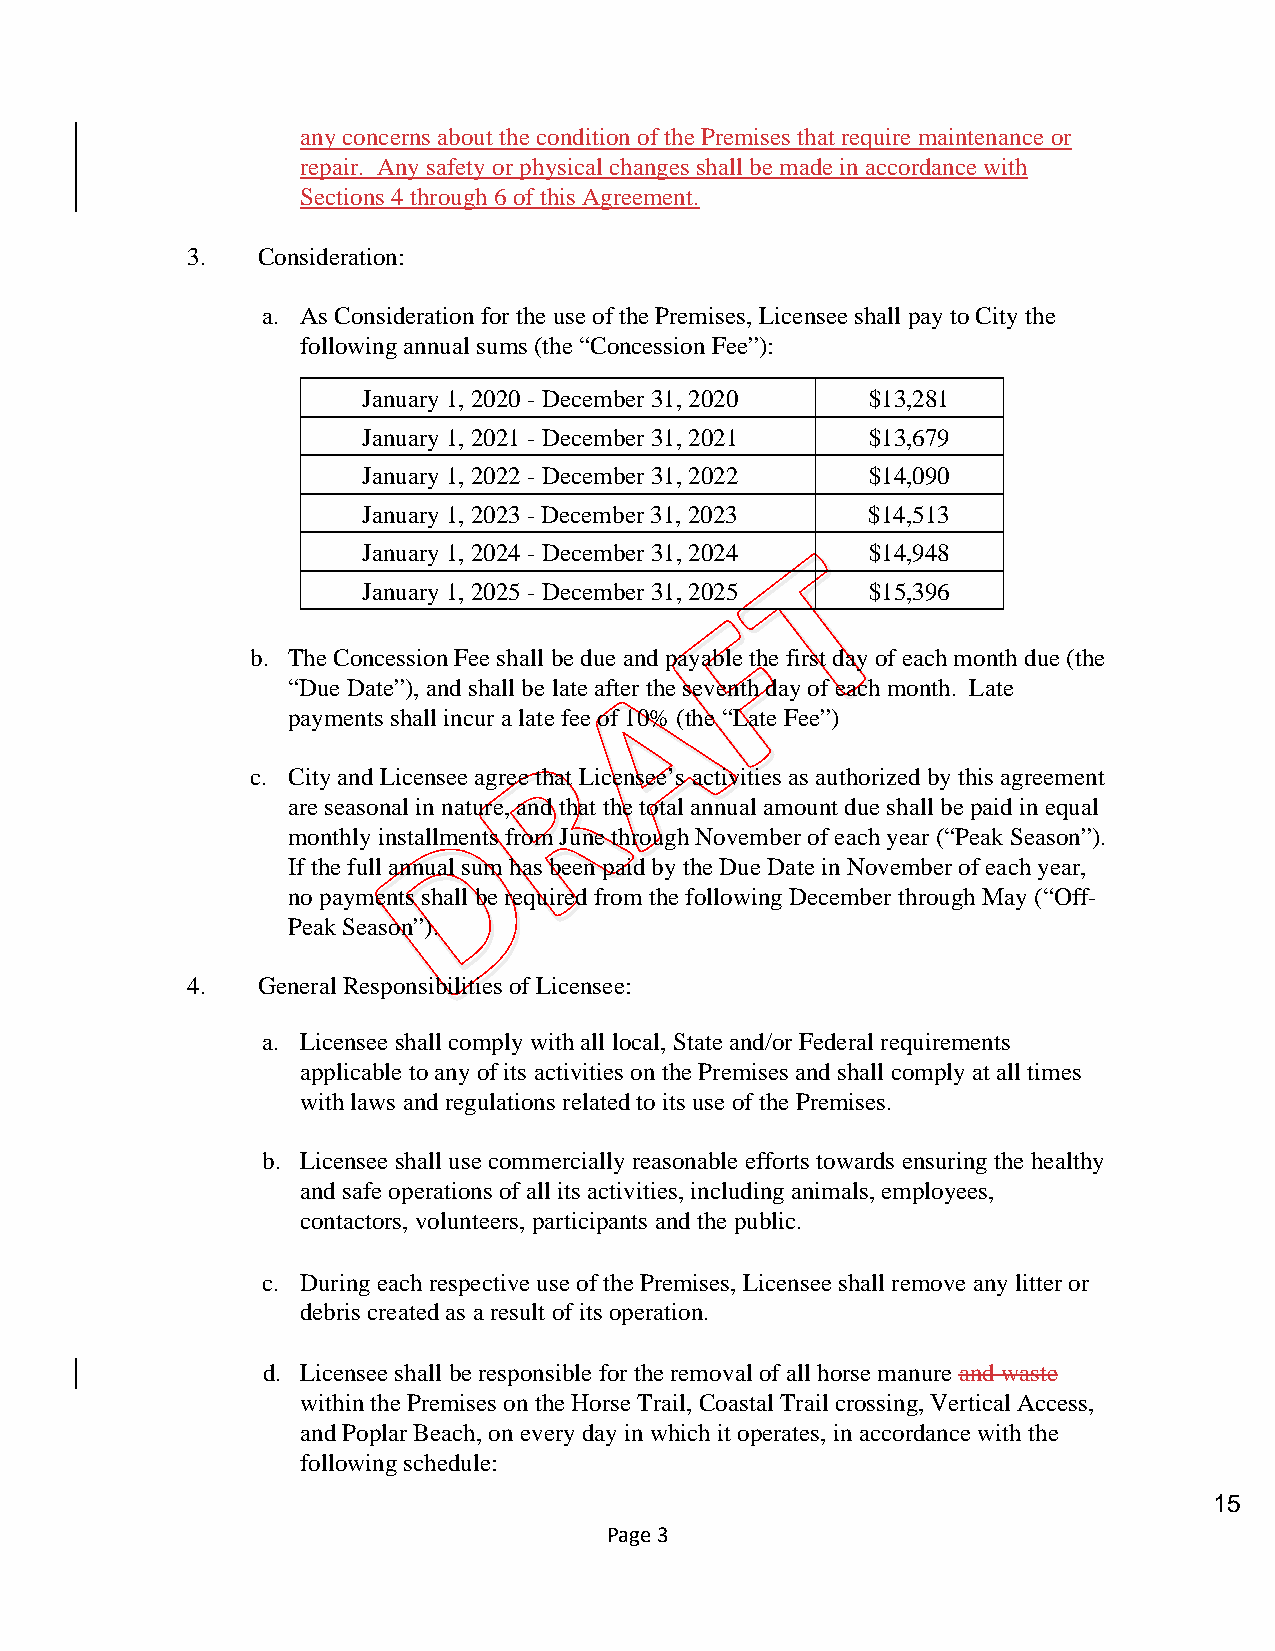
any concerns about the condition of the Premises that require maintenance or
 repair. Any safety or physical changes shall be made in accordance with
 Sections 4 through 6 of this Agreement.
 3.   Consideration:
 a. As Consideration for the use of the Premises, Licensee shall pay to City the
 following annual sums (the “Concession Fee”):
 January 1, 2020 - December 31, 2020 $13,281
 January 1, 2021 - December 31, 2021 $13,679
 January 1, 2022 - December 31, 2022 $14,090
 January 1, 2023 - December 31, 2023 $14,513
 January 1, 2024 - December 31, 2024 $14,948
 January 1, 2025 - December 31, 2025 $15,396
 b. The Concession Fee shall be due and payable the first day of each month due (the
 “Due Date”), and shall be late after the seventh day of each month. Late
 payments shall incur a late fee of 10% (the “Late Fee”)
 c. City and Licensee agree that Licensee’s activities as authorized by this agreement
 are seasonal in nature, and that the total annual amount due shall be paid in equal
 monthly installments from June through November of each year (“Peak Season”).
 If the full annual sum has been paid by the Due Date in November of each year,
 no payments shall be required from the following December through May (“Off-
 Peak Season”).
 4.   General Responsibilities of Licensee:
 a. Licensee shall comply with all local, State and/or Federal requirements
 applicable to any of its activities on the Premises and shall comply at all times
 with laws and regulations related to its use of the Premises.
 b. Licensee shall use commercially reasonable efforts towards ensuring the healthy
 and safe operations of all its activities, including animals, employees,
 contactors, volunteers, participants and the public.
 c. During each respective use of the Premises, Licensee shall remove any litter or
 debris created as a result of its operation.
 d. Licensee shall be responsible for the removal of all horse manure and waste
 within the Premises on the Horse Trail, Coastal Trail crossing, Vertical Access,
 and Poplar Beach, on every day in which it operates, in accordance with the
 following schedule:
 15
 Page 3